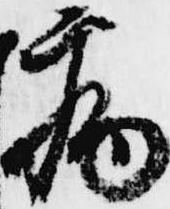
病